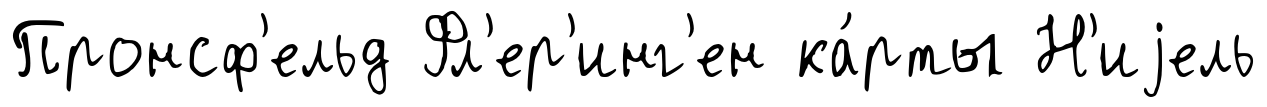
Пронсф'ельд Фл'ер'инг'ен ка́рты Н'иjель